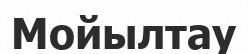
Мойылтау